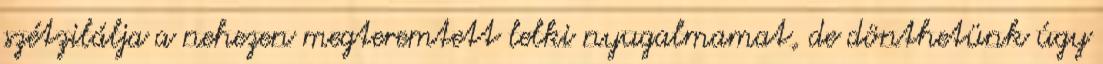
szétzilálja a nehezen megteremtett lelki nyugalmamat, de dönthetünk úgy